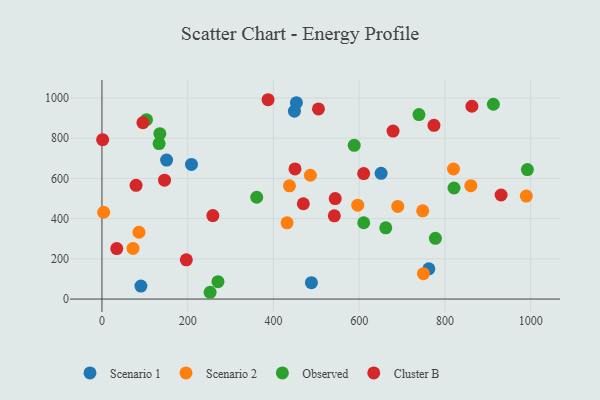
{"axis": {"x": "Experience", "y": "Rating"}, "legend": ["Cluster B", "Observed", "Scenario 1", "Scenario 2"], "data": [{"x": "90.9", "y": 64.4, "type": "Scenario 1"}, {"x": "150.8", "y": 691.4, "type": "Scenario 1"}, {"x": "488.6", "y": 81.5, "type": "Scenario 1"}, {"x": "449.0", "y": 934.8, "type": "Scenario 1"}, {"x": "453.6", "y": 976.8, "type": "Scenario 1"}, {"x": "762.5", "y": 150.3, "type": "Scenario 1"}, {"x": "651.1", "y": 625.5, "type": "Scenario 1"}, {"x": "208.8", "y": 669.7, "type": "Scenario 1"}, {"x": "748.2", "y": 439.0, "type": "Scenario 2"}, {"x": "860.4", "y": 564.0, "type": "Scenario 2"}, {"x": "72.5", "y": 252.0, "type": "Scenario 2"}, {"x": "437.4", "y": 563.1, "type": "Scenario 2"}, {"x": "486.2", "y": 616.0, "type": "Scenario 2"}, {"x": "596.6", "y": 466.9, "type": "Scenario 2"}, {"x": "4.0", "y": 431.9, "type": "Scenario 2"}, {"x": "989.8", "y": 512.1, "type": "Scenario 2"}, {"x": "749.8", "y": 126.3, "type": "Scenario 2"}, {"x": "820.0", "y": 647.1, "type": "Scenario 2"}, {"x": "86.4", "y": 332.4, "type": "Scenario 2"}, {"x": "431.8", "y": 379.1, "type": "Scenario 2"}, {"x": "690.0", "y": 460.8, "type": "Scenario 2"}, {"x": "252.3", "y": 33.7, "type": "Observed"}, {"x": "361.0", "y": 506.6, "type": "Observed"}, {"x": "103.9", "y": 892.6, "type": "Observed"}, {"x": "739.4", "y": 917.8, "type": "Observed"}, {"x": "270.6", "y": 86.2, "type": "Observed"}, {"x": "913.0", "y": 969.1, "type": "Observed"}, {"x": "777.8", "y": 302.0, "type": "Observed"}, {"x": "662.0", "y": 354.2, "type": "Observed"}, {"x": "133.3", "y": 773.7, "type": "Observed"}, {"x": "821.2", "y": 552.6, "type": "Observed"}, {"x": "610.6", "y": 379.5, "type": "Observed"}, {"x": "992.3", "y": 644.4, "type": "Observed"}, {"x": "588.4", "y": 764.6, "type": "Observed"}, {"x": "135.1", "y": 823.0, "type": "Observed"}, {"x": "1.6", "y": 793.1, "type": "Cluster B"}, {"x": "505.0", "y": 946.0, "type": "Cluster B"}, {"x": "610.5", "y": 624.5, "type": "Cluster B"}, {"x": "679.0", "y": 835.7, "type": "Cluster B"}, {"x": "79.6", "y": 565.6, "type": "Cluster B"}, {"x": "544.1", "y": 500.1, "type": "Cluster B"}, {"x": "146.0", "y": 591.6, "type": "Cluster B"}, {"x": "34.5", "y": 250.9, "type": "Cluster B"}, {"x": "196.8", "y": 195.2, "type": "Cluster B"}, {"x": "387.5", "y": 991.7, "type": "Cluster B"}, {"x": "95.6", "y": 877.4, "type": "Cluster B"}, {"x": "931.0", "y": 517.6, "type": "Cluster B"}, {"x": "542.0", "y": 414.2, "type": "Cluster B"}, {"x": "258.7", "y": 415.1, "type": "Cluster B"}, {"x": "862.9", "y": 959.2, "type": "Cluster B"}, {"x": "469.7", "y": 474.1, "type": "Cluster B"}, {"x": "450.3", "y": 647.4, "type": "Cluster B"}, {"x": "774.4", "y": 864.4, "type": "Cluster B"}]}